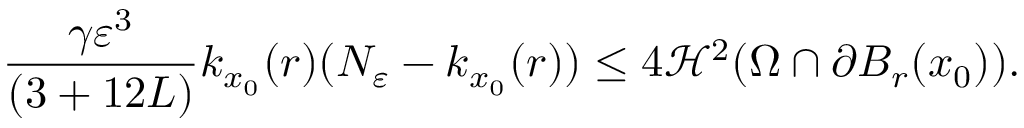
\frac { \gamma \varepsilon ^ { 3 } } { ( 3 + 1 2 L ) } k _ { x _ { 0 } } ( r ) ( N _ { \varepsilon } - k _ { x _ { 0 } } ( r ) ) \leq 4 \mathcal { H } ^ { 2 } ( \Omega \cap \partial B _ { r } ( x _ { 0 } ) ) .